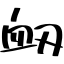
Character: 衂